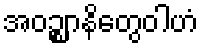
အဝဉ္ဈာနိတွေဝါဟံ